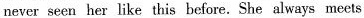
never seen het like this before. She always meets